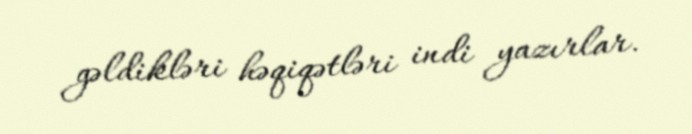
gəldikləri həqiqətləri indi yazırlar.